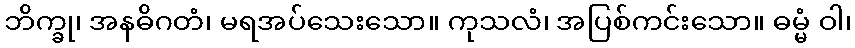
ဘိက္ခု၊ အနဓိဂတံ၊ မရအပ်သေးသော။ ကုသလံ၊ အပြစ်ကင်းသော။ ဓမ္မံ ဝါ၊